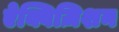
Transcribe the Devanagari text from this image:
ऐक्विज़िशन